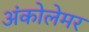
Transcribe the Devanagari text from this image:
अंकोलेमर